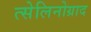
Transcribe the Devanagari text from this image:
त्सेलिनोग्राद